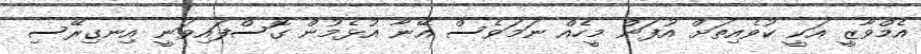
އެމްވާޒީ އަކީ ކުވެއިތަށް އުފަން މީހެއް ނަމަވެސް އޭނާ އުޅެމުން ގޮސްފައިވަނީ އިނގިރޭސި